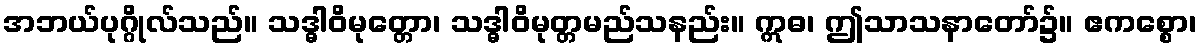
အဘယ်ပုဂ္ဂိုလ်သည်။ သဒ္ဓါဝိမုတ္တော၊ သဒ္ဓါဝိမုတ္တမည်သနည်း။ ဣဓ၊ ဤသာသနာတော်၌။ ဧကစ္စော၊